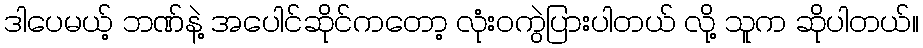
ဒါပေမယ့် ဘဏ်နဲ့ အပေါင်ဆိုင်ကတော့ လုံးဝကွဲပြားပါတယ် လို့ သူက ဆိုပါတယ်။